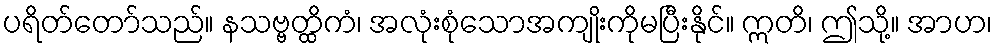
ပရိတ်တော်သည်။ နသဗ္ဗတ္ထိကံ၊ အလုံးစုံသောအကျိုးကိုမပြီးနိုင်။ ဣတိ၊ ဤသို့။ အာဟ၊